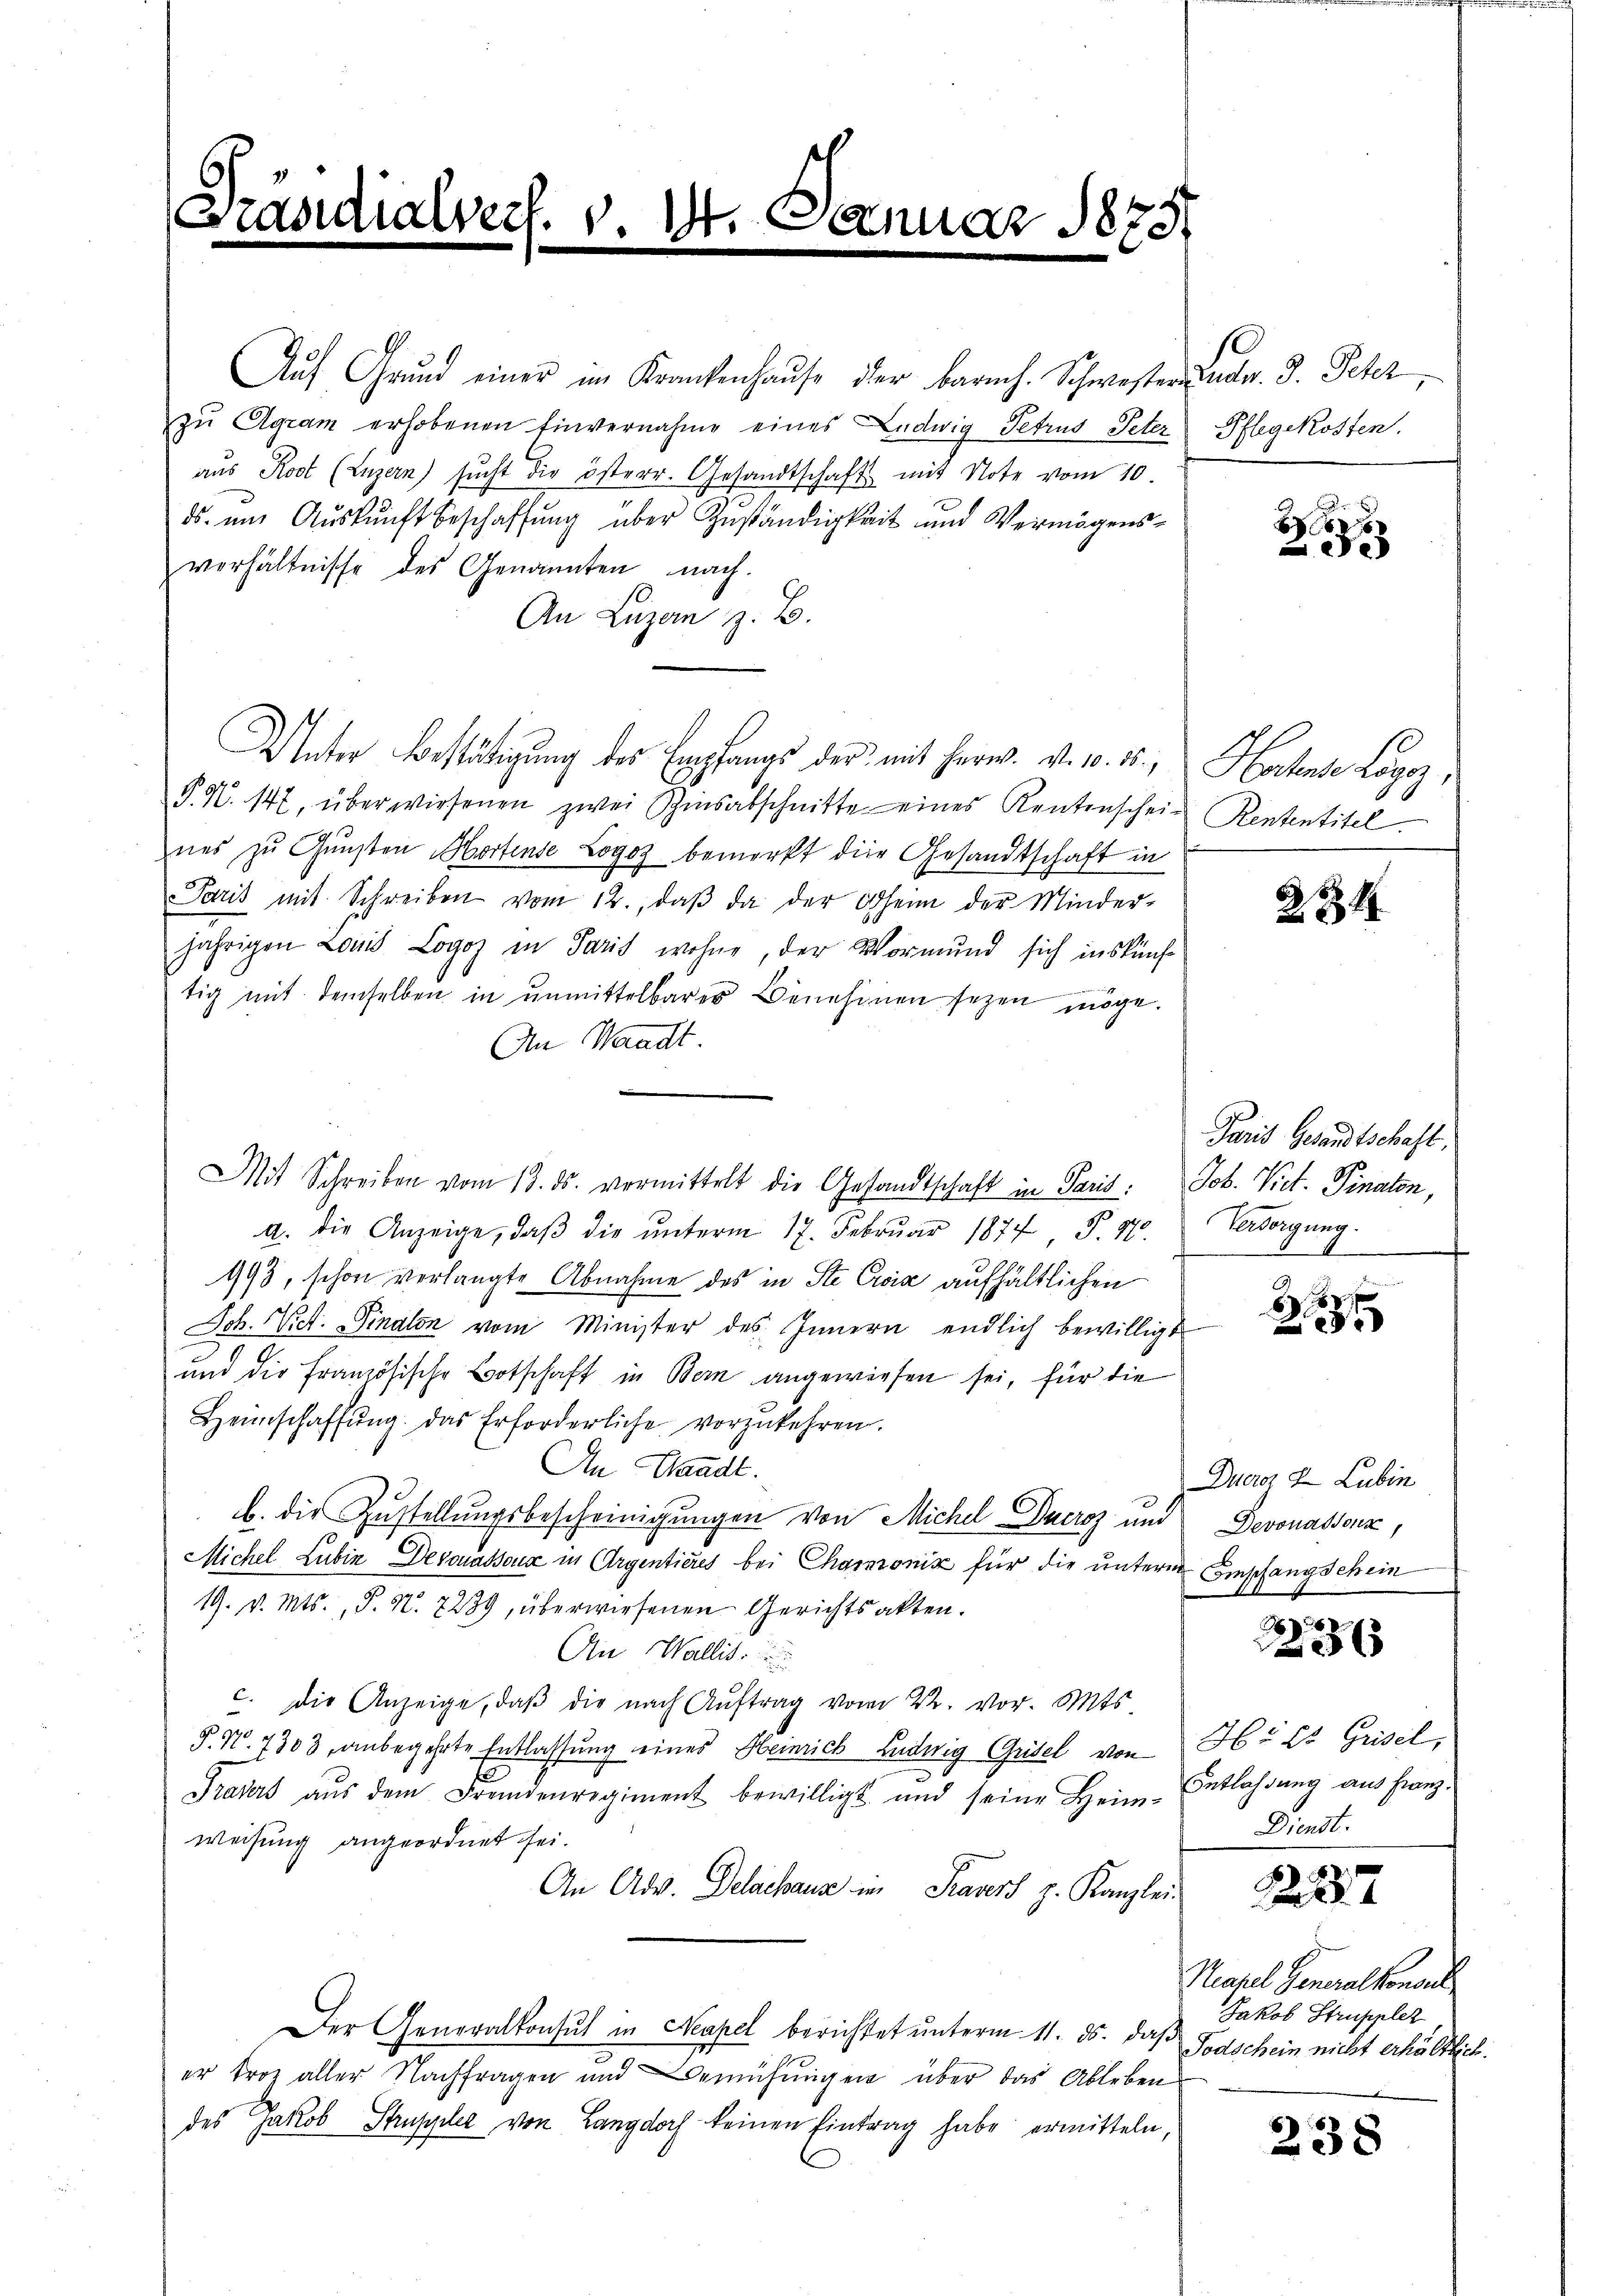
.
Scandialvert. v. 1. Januar 1875.
e

Auf Grŭnd einer im Krankenhaŭse der barmh. Schwester Zuder. J. Peter,
zŭ Agram erhobenen Einvernahme eines Ludwig Petrus Peter Pflegekosten.
aŭs Kost (Luzern) sŭcht die österr. Gesandtschaft mit Note vom 10.
ds. im Auskunft beschaffung über Zuständigkeit und Vermögensverhältnisse des Genannten nach.
An Luzern z. B.
Unter Bestätigung des Empfangs der mit Herr. v. o. 25. Hochende Lage,
§ N. 147, überwiesenen zwei Zinsabschnitte eines Rentenschein Rententitel.
nes zŭ Gŭnsten Hortense Logoz bemerkt die Gesandtschaft in
Paris mit Schreiben vom 12., daβ da der Oheim der Minder-
jährigen Louis Logoz in Paris wohne, der Vormund sich inskünf¬

tig mit demselben in unmittelbares Benehmen seyen möge.
An Waadt
a. Die Anzeige, daβ die ŭnterm 17. Februar 1877 P. 11.
993, schon verlangte Abnahme des in Ste Cris aufhältlichen
Jch. Vict. Finalen vom Minister des Innern endlich bewilligt
und die Französische Botschaft in Bern angewiesen sei, für die
Heimschaffŭng. Das Erforderliche vorzukehren.
An Waadt.
b. die Zustellungsbescheinigungen von Michel Ducroz und Devonassens,
Michel Lubin Devonabona in Argentieres bei Chamonik für die untern Empfangschein
19. v. Mts. P. N. 2239, überwiesenen Gerichtsakten.
An Wallis.
c. Die Anzeige, daβ die nach Aŭftrag vom 22. vor. Mts.
S. Nr. 7303, anbegehrte Entlassung eines Heinrich Ludwig Gritel von Herr Grisel,
Traves aŭs dem Fremdenregiment bewilligt und seine Heim-Entlassŭng aus Franz-
weisung angeordnet sei.
An Adv. Delachaus in Kasers z. Kanzlei-
Der Generalkonsul in Neapel berichtet ŭnterm 11. ds. daβ
er troz aller Nachfragen und Bemühungen über das Ableben
des Jakob Struppler von Langdorf keinen Eintrag habe ermitteln,

Mit Schreiben vom 13. ds. vermittelt die Gesandtschaft in Paris. Job. Viet. Finalen,

B
2

234

Paris Gesandtschaft.
Versorgung.

.

Duero 8 Lubin

233 f

Dienst.

R 287

Makel Generalkonsul
Jakob Strupplez
Todschein nicht erhältlich.

238